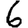
Digit: 6